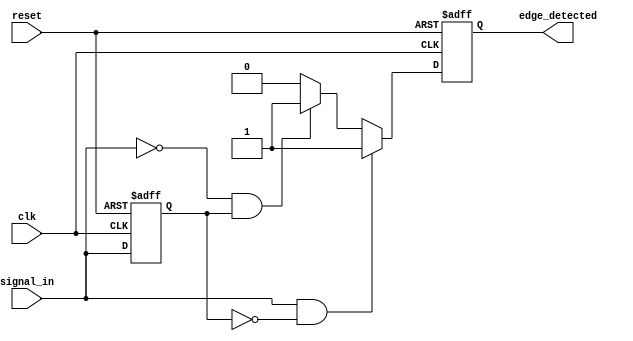
module glitch_free_edge_detector (
    input wire clk,              // Clock input
    input wire reset,            // Asynchronous reset
    input wire signal_in,        // Input signal to detect edges
    output reg edge_detected     // Output to indicate edge detection
);

    // Register to hold previous state of the input signal
    reg signal_in_prev;

    // Sequential logic block
    always @(posedge clk or posedge reset) begin
        if (reset) begin
            edge_detected <= 1'b0;           // Reset edge detected signal
            signal_in_prev <= 1'b0;          // Reset previous signal state
        end else begin
            // Edge detection logic
            if (signal_in && !signal_in_prev) begin
                edge_detected <= 1'b1;        // Rising edge detected
            end else if (!signal_in && signal_in_prev) begin
                edge_detected <= 1'b1;        // Falling edge detected
            end else begin
                edge_detected <= 1'b0;        // No edge detected
            end
            
            // Update previous state
            signal_in_prev <= signal_in;      // Store current state for next clock cycle
        end
    end

endmodule